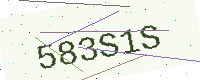
Text: 583S1S